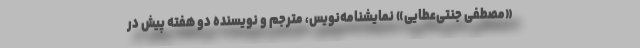
«مصطفی جنتی‌عطایی» نمایشنامه‌نویس، مترجم و نویسنده دو هفته پیش در